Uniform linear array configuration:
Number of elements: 12
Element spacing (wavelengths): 0.5
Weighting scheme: hamming
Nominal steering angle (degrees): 30
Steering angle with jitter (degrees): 31.071
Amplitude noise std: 0.05
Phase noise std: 0.05

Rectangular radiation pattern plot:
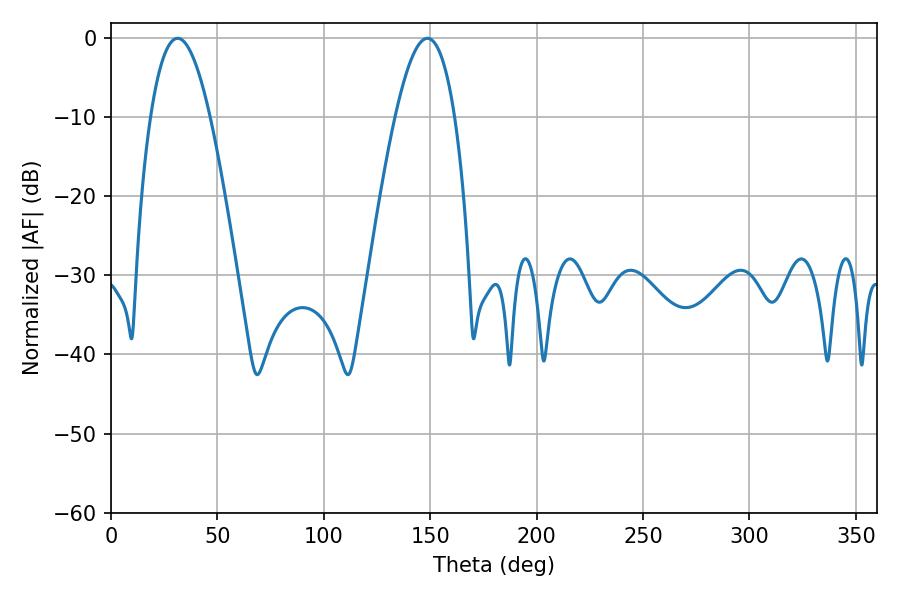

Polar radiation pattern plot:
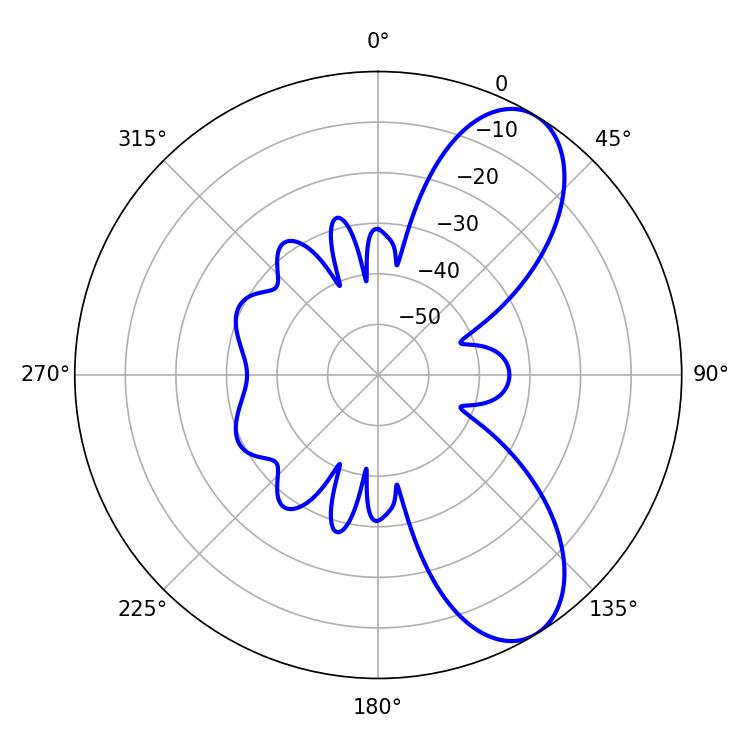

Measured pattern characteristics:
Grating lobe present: FALSE
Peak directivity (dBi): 8.207
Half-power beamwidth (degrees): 15.48
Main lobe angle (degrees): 31.32